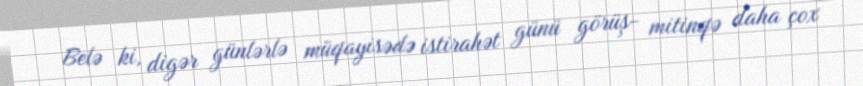
Belə ki, digər günlərlə müqayisədə istirahət günü görüş- mitinqə daha çox